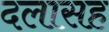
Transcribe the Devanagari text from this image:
दलासह